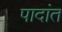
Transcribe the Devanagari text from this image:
पादांत